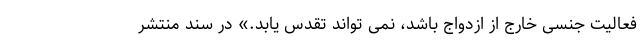
فعالیت جنسی خارج از ازدواج باشد، نمی تواند تقدس یابد.» در سند منتشر